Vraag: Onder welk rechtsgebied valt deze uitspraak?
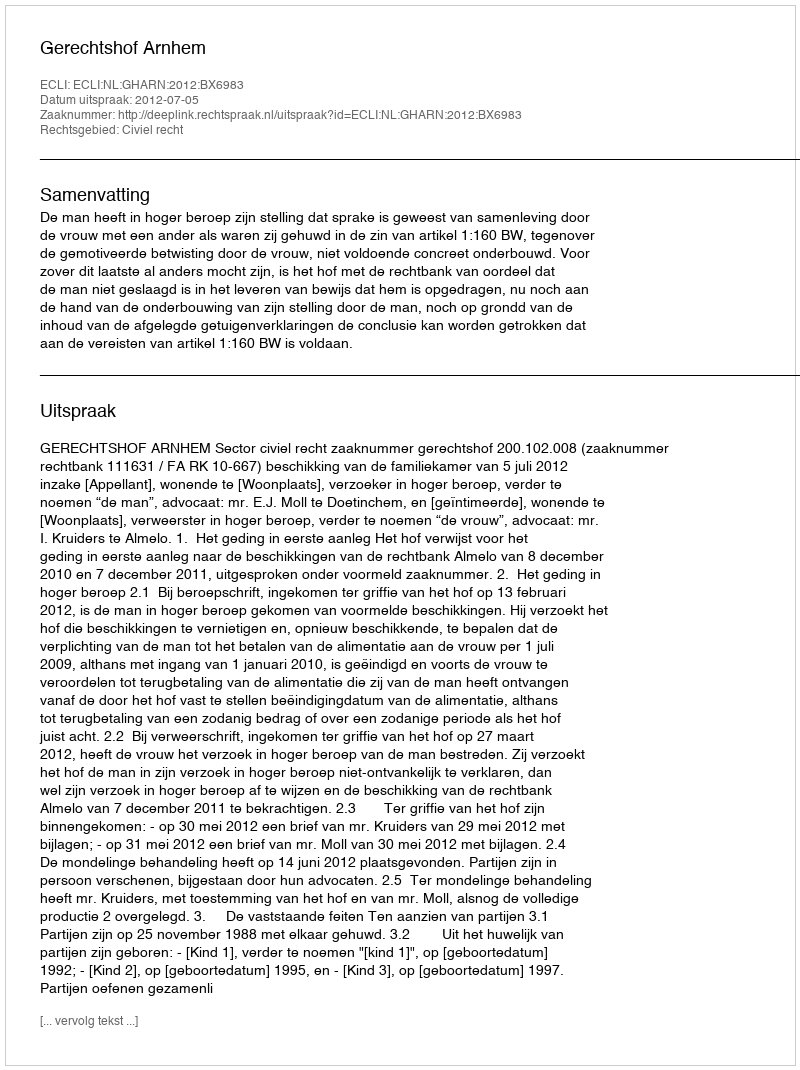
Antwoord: Civiel recht